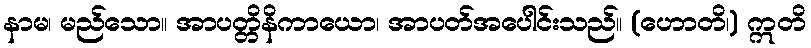
နာမ၊ မည်သော။ အာပတ္တိနိကာယော၊ အာပတ်အပေါင်းသည်။ (ဟောတိ၊) ဣတိ